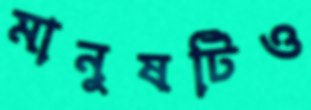
মানুষটিও